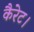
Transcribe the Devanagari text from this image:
कैरेट।